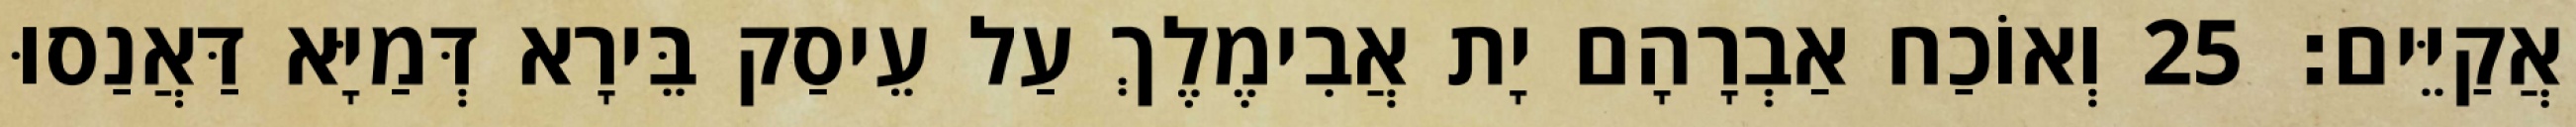
אֲקַיֵּים׃ 25 וְאוֹכַח אַבְרָהָם יָת אֲבִימֶלֶךְ עַל עֵיסַק בֵּירָא דְּמַיָּא דַּאֲנַסוּ